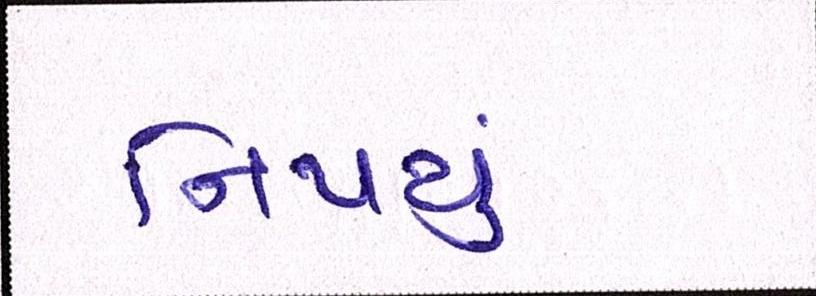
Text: નિપયું